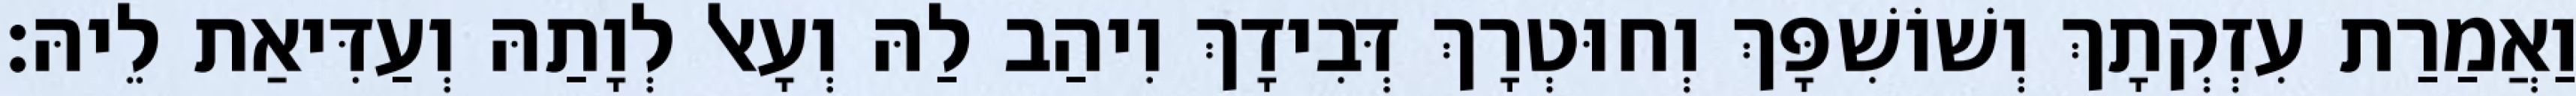
וַאֲמַרַת עִזְקְתָךְ וְשׁוֹשִׁפָּךְ וְחוּטְרָךְ דְּבִידָךְ וִיהַב לַהּ וְעָאל לְוָתַהּ וְעַדִּיאַת לֵיהּ׃